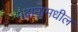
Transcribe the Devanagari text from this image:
मैदानामधील